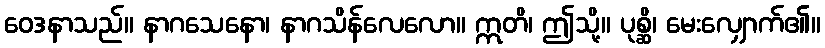
ဝေဒနာသည်။ နာဂသေနော၊ နာဂသိန်လေလော။ ဣတိ၊ ဤသို့။ ပုစ္ဆိ၊ မေးလျှောက်၏။